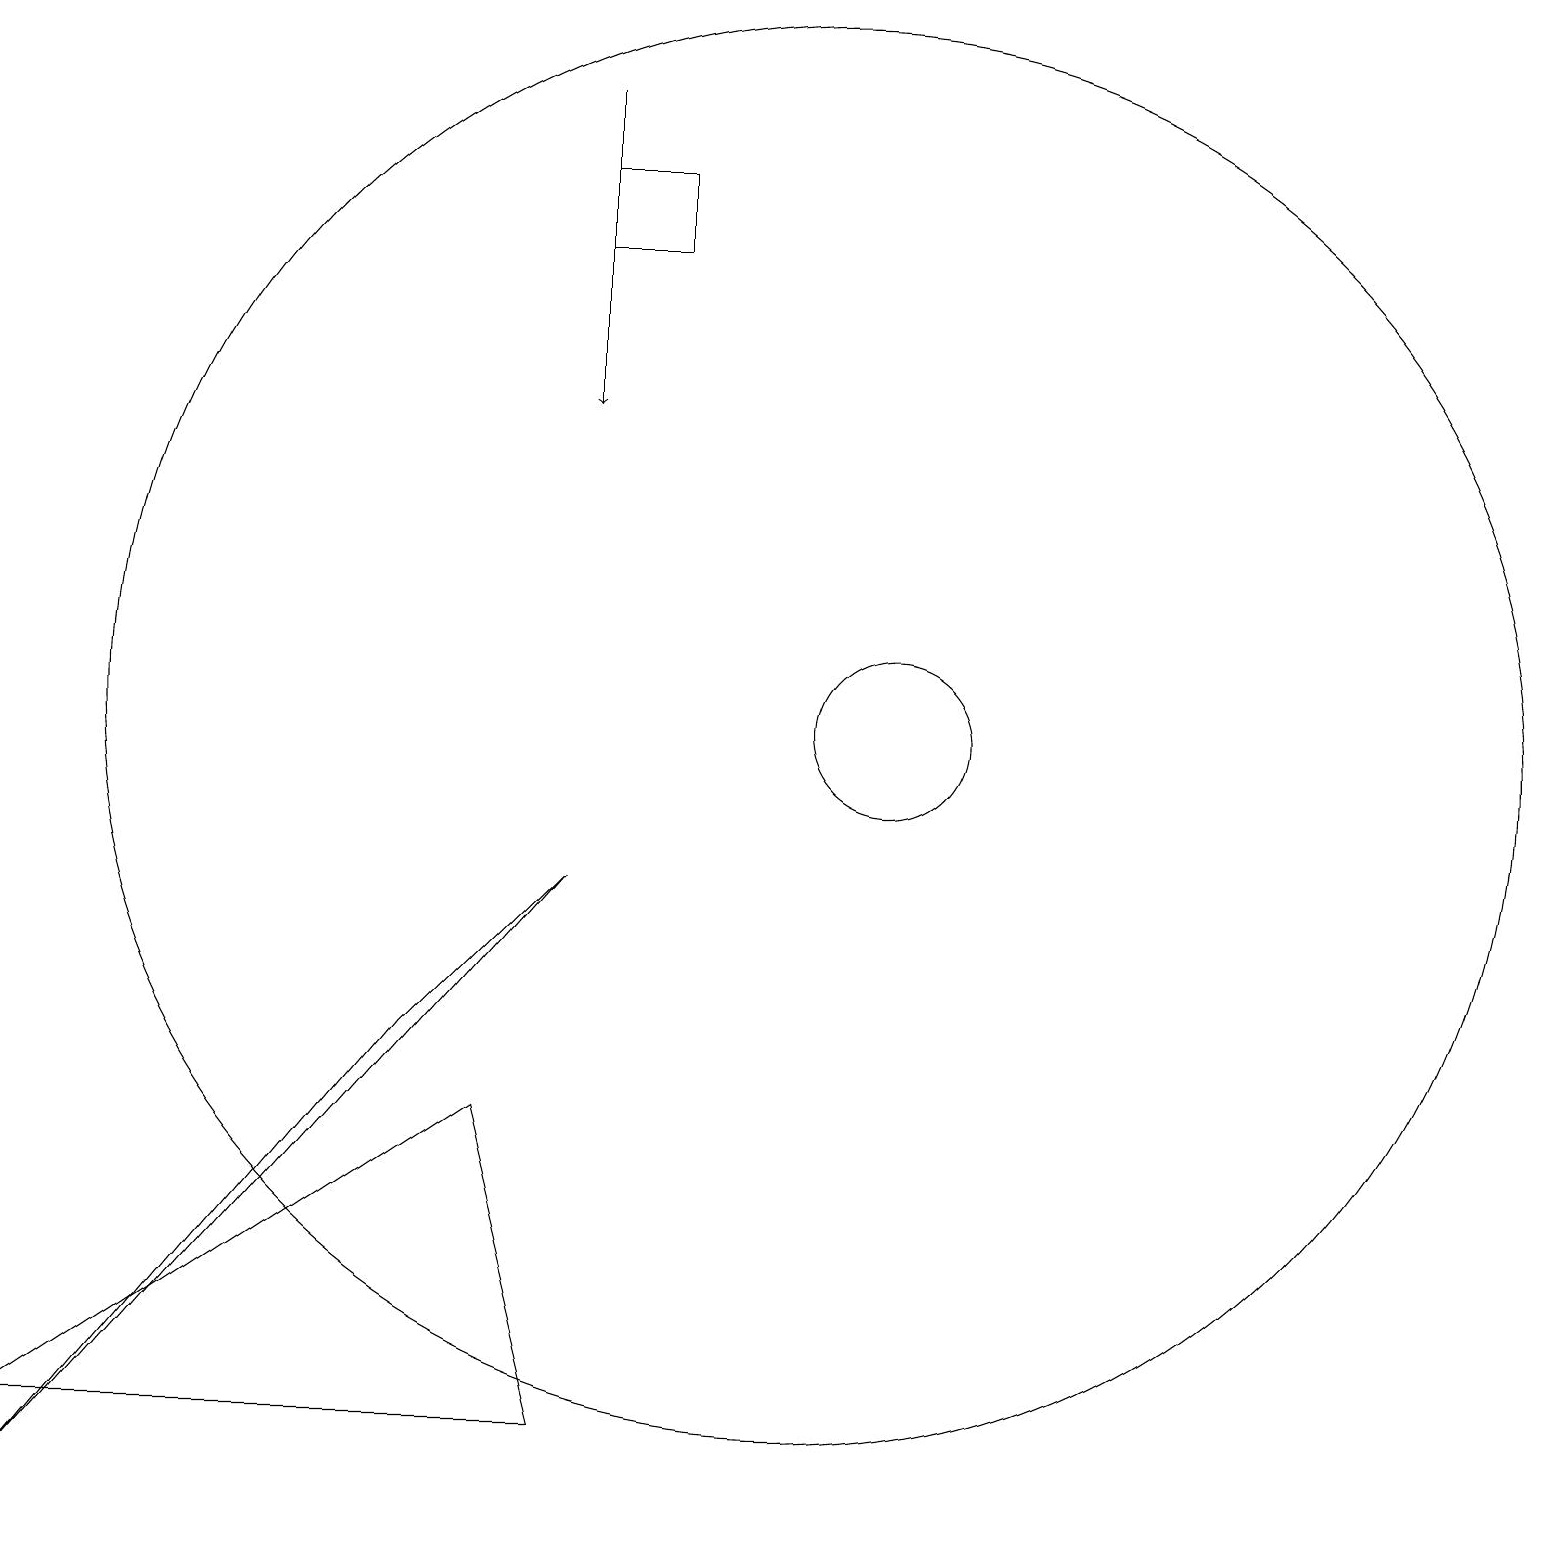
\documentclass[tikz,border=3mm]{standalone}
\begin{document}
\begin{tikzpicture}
\draw (12,11) circle (1);
\draw (1,1) -- (8,9) -- (6,7) -- cycle;
\draw[->] (8,19) -- (8,15);
\draw (9,17) rectangle (8,18);
\draw (7,6) -- (1,2) -- (8,2) -- cycle;
\draw (11,11) circle (9);
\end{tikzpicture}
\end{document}